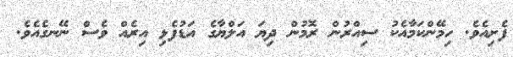
ފެށިއެވެ. ހިމޭންކަމާއެކު ސިއްރުން ރޮމުން ދިޔަ އަލްޔާގެ އަޑުފެޅި އިރެއް ވެސް ނޭނގެއެވެ.